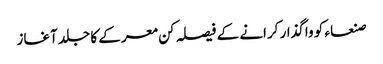
صنعاء کو واگذار کرانے کے فیصلہ کن معرکے کا جلد آغاز